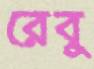
রেবু